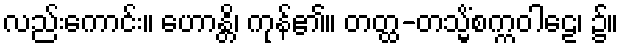
လည်းကောင်း။ ဟောန္တိ၊ ကုန်၏။ တတ္ထ-တသ္မိံစက္ကဝါဠေ၊ ၌။